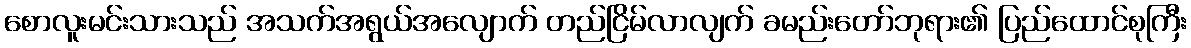
စောလူးမင်းသားသည် အသက်အရွယ်အလျောက် တည်ငြိမ်လာလျက် ခမည်းတော်ဘုရား၏ ပြည်ထောင်စုကြီး